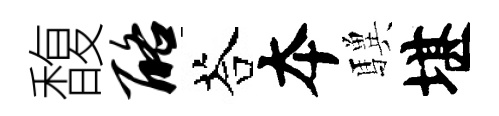
馥酪荅夲驥堪